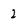
Character: 2